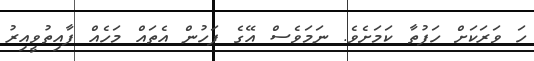
ހަ ވަރަކަށް ހަފުތާ ކަމަށެވެ. ނަމަވެސް އޭގެ ފަހުން އެތައް މަހެއް ފާއިތުވީއިރު